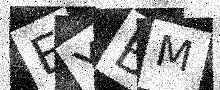
Text: EYBM